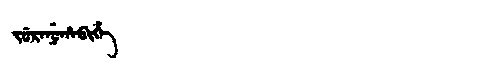
Manchu: ᠵᡠᡵᠠᠨᡠᡥᠠᠪᡳᡥᡝ
Romanization: JURANUHABIHE